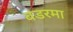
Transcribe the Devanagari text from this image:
बडरमा